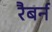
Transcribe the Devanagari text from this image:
रैबर्न